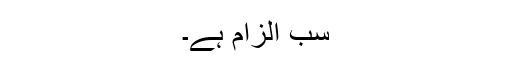
سب الزام ہے۔